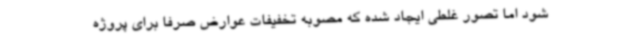
شود اما تصور غلطی ایجاد شده که مصوبه تخفیفات عوارض صرفاً برای پروژه